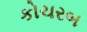
કોચરબ